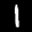
Label: 1